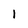
Character: 1